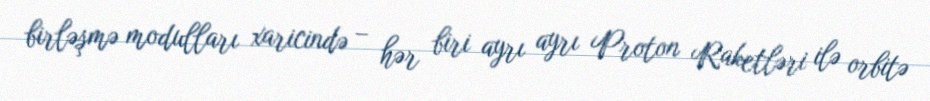
birləşmə modulları xaricində – hər biri ayrı ayrı Proton Raketləri ilə orbitə